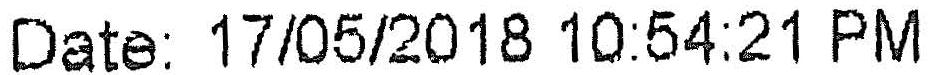
DATE: 17/05/2018 10:54:21 PM